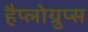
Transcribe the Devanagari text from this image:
हैप्लोग्रुप्स